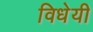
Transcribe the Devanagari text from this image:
विधेयी